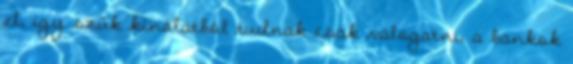
el, így szűk kínálatból tudnak csak válogatni, a bankok